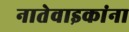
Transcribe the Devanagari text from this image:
नातेवाइकांना